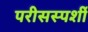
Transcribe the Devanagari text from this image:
परीसस्पर्शी